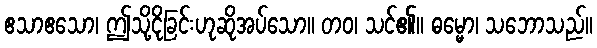
ဧသာဧသော၊ ဤသို့ငိုခြင်းဟုဆိုအပ်သော။ တဝ၊ သင်၏။ ဓမ္မော၊ သဘောသည်။